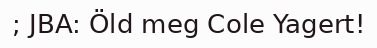
; JBA: Öld meg Cole Yagert!